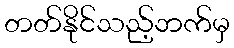
တတ်နိုင်သည့်ဘက်မှ